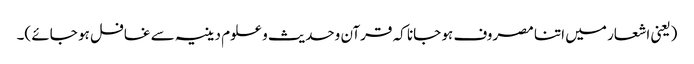
(یعنی اشعار میں اتنا مصروف ہو جانا کہ قرآن وحدیث و علوم دینیہ سے غافل ہو جائے )۔